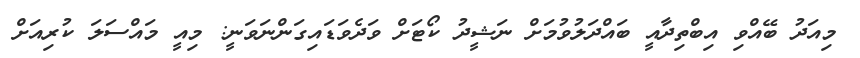
މިއަދު ބޭއްވި އިބްތިދާއީ ބައްދަލުވުމަށް ނަޝީދު ކޯޓަށް ވަދެވަޑައިގަންނަވަނީ: މިއީ މައްސަލަ ކުރިއަށް